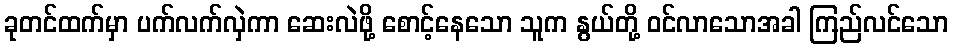
ခုတင်ထက်မှာ ပက်လက်လှဲကာ ဆေးလဲဖို့ စောင့်နေသော သူက နွယ်တို့ ဝင်လာသောအခါ ကြည်လင်သော